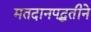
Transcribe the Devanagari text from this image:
मतदानपद्धतीने